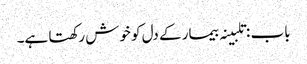
باب : تلبینہ بیمار کے دل کو خوش رکھتا ہے۔